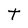
Character: t